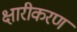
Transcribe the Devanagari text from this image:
क्षारीकरण